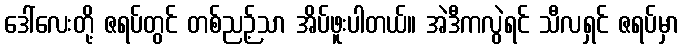
ဒေါ်လေးတို့ ဇရပ်တွင် တစ်ညဉ့်သာ အိပ်ဖူးပါတယ်။ အဲဒီကလွဲရင် သီလရှင် ဇရပ်မှာ